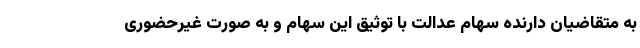
به متقاضیان دارنده سهام عدالت با توثیق این سهام و به صورت غیرحضوری